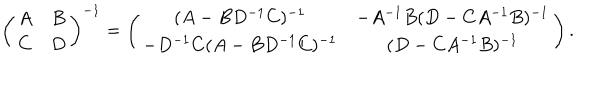
\left( \begin{array} { c c } { { A } } & { { B } } \\ { { C } } & { { D } } \\ \end{array} \right) ^ { - 1 } = \left( \begin{array} { c c } { { ( A - B D ^ { - 1 } C ) ^ { - 1 } } } & { { - A ^ { - 1 } B ( D - C A ^ { - 1 } B ) ^ { - 1 } } } \\ { { - D ^ { - 1 } C ( A - B D ^ { - 1 } C ) ^ { - 1 } } } & { { ( D - C A ^ { - 1 } B ) ^ { - 1 } } } \\ \end{array} \right) .